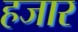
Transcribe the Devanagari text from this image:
हजार